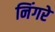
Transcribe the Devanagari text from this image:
निंगरे